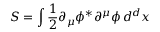
S = \int { \frac { 1 } { 2 } } \partial _ { \mu } \phi ^ { * } \partial ^ { \mu } \phi \, d ^ { d } x